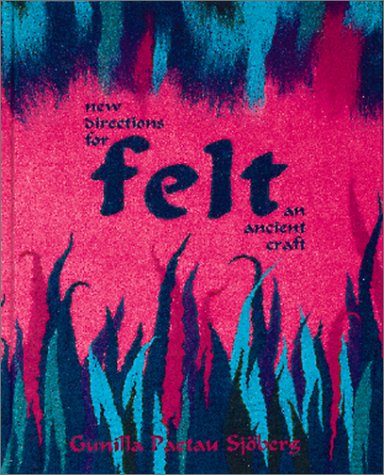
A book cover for Felt: New Directions for an Ancient Craft; Gunilla Paetau Sjoberg; Crafts, Hobbies & Home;